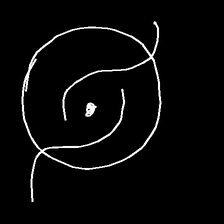
Glyph: repetition